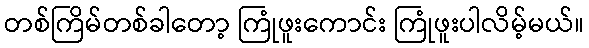
တစ်ကြိမ်တစ်ခါတော့ ကြုံဖူးကောင်း ကြုံဖူးပါလိမ့်မယ်။